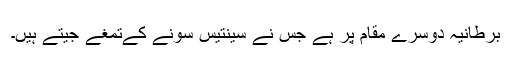
برطانیہ دوسرے مقام پر ہے جس نے سینتیس سونے کےتمغے جیتے ہیں۔